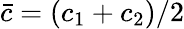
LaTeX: \bar{c}=(c_{1}+c_{2})/2